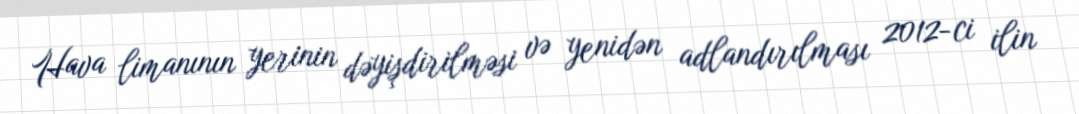
Hava limanının yerinin dəyişdirilməsi və yenidən adlandırılması 2012-ci ilin